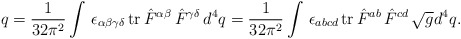
\begin{align*}q=\frac 1{32\pi ^2}\int \,\epsilon _{\alpha \beta \gamma \delta }\,{\rm tr\,}\hat{F}^{\alpha \beta }\,\hat{F}^{\gamma \delta }\,d^4q=\frac 1{32\pi^2}\int \,\epsilon _{abcd}\,{\rm tr\,}\hat{F}^{ab}\,\hat{F}^{cd}\,\sqrt{g}d^4q. \end{align*}